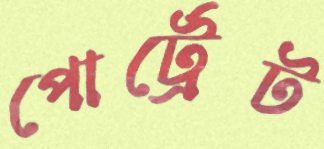
পোর্ট্রেট